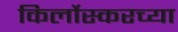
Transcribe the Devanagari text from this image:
किर्लोस्करच्या